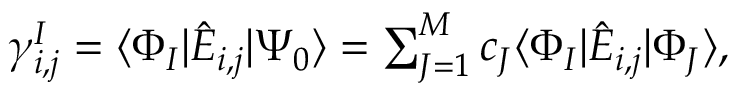
\begin{array} { r } { \gamma _ { i , j } ^ { I } = \ensuremath { \langle \Phi _ { I } \vert } \hat { E } _ { i , j } \ensuremath { \vert \Psi _ { 0 } \rangle } = \sum _ { J = 1 } ^ { M } c _ { J } \ensuremath { \langle \Phi _ { I } \vert } \hat { E } _ { i , j } \ensuremath { \vert \Phi _ { J } \rangle } , } \end{array}